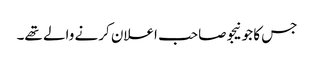
جس کا جونیجو صاحب اعلان کرنے والے تھے۔